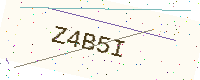
Text: Z4B5I